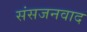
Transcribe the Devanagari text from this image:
संसजनवाद